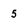
Character: 5